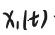
$\chi _{1}(t)$